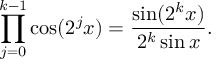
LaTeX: \prod _ { j = 0 } ^ { k - 1 } \cos ( 2 ^ { j } x ) = { \frac { \sin ( 2 ^ { k } x ) } { 2 ^ { k } \sin x } } .